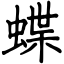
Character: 蝶